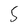
Character: 5